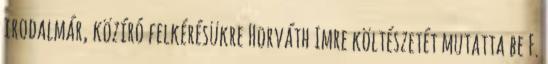
irodalmár, közíró felkérésükre Horváth Imre költészetét mutatta be F.